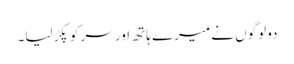
دو لوگوں نے میرے ہاتھ اور سر کو پکڑ لیا۔